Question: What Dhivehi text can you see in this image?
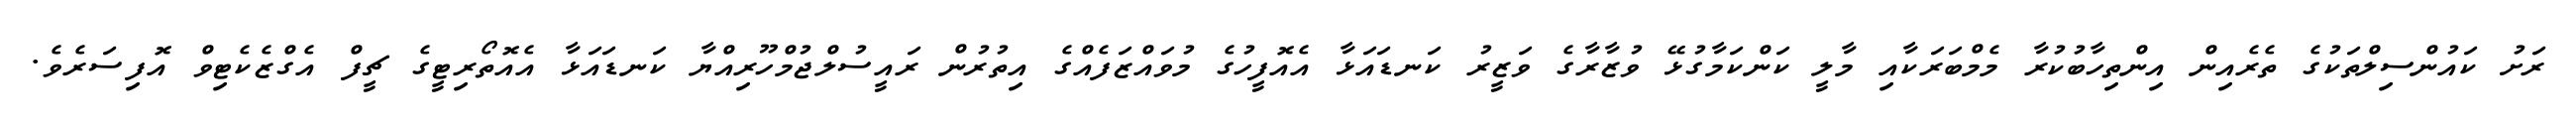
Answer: ރަށު ކައުންސިލްތަކުގެ ތެރެއިން އިންތިހާބުކުރާ މެމްބަރަކާއި މާލީ ކަންކަމާގުޅޭ ވުޒާރާގެ ވަޒީރު ކަނޑައަޅާ އެއޮފީހުގެ މުވައްޒަފެއްގެ އިތުރުން ރައީސުލްޖުމްހޫރިއްޔާ ކަނޑައަޅާ އެއޮތޯރިޓީގެ ޗީފް އެގްޒެކެޓިވް އޮފިސަރެވެ.